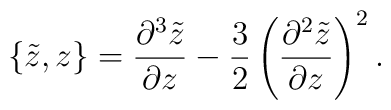
\{ \tilde{z} ,z \} = \frac{\partial ^{3} \tilde{z}}{\partial z} -\frac{3}{2} \left( \frac{\partial ^{2}\tilde{z}}{\partial z}\right)^{2}.